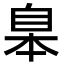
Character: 𦤎